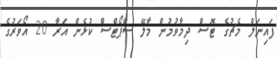
ފައިނަލް މެޗުގެ ޓޮސް ދިމާވުމުން މާލޭ ސްޕޯޓްސް ކުޅެން އަރާ 20 އޯވަރުގެ